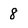
Character: 8